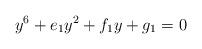
LaTeX: \begin{align*}y^6+e_1y^2+f_1y+g_1=0\end{align*}